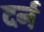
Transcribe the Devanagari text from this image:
दर्न